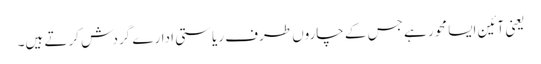
یعنی آئین ایسا محور ہے جس کے چاروں طرف ریاستی ادارے گردش کرتے ہیں۔